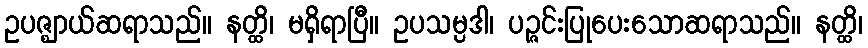
ဥပဇ္ဈာယ်ဆရာသည်။ နတ္ထိ၊ မရှိရာပြီ။ ဥပသမ္ပဒါ၊ ပဉ္ဇင်းပြုပေးသောဆရာသည်။ နတ္ထိ၊